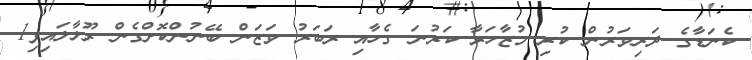
ކެނަޑާގެ ދަރިވަރުން ކުރި މުޒާހަރާ ކަރުނަ ގެހާއި ރަބަރު ވަޒަން ބޭނުންކޮށްގެން ރޫޅާލައިފި1